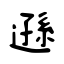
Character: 遜